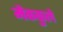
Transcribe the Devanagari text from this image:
मैककुले